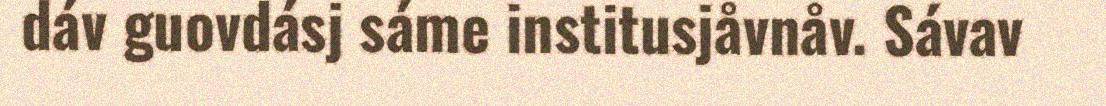
dáv guovdásj sáme institusjåvnåv. Sávav